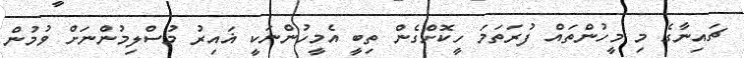
ޗައިނާގެ މި މީހުންތައް ފުރަތަމަ ހީކޮށްގެން ތިބީ އެމީހުންނަކީ ޣައިރު މުސްލިމުންނަށް ވުމުން